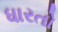
ધારતો